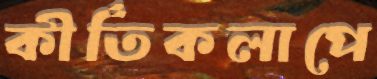
কীর্তিকলাপে